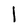
Character: l